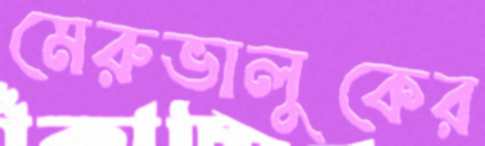
মেরুভালুকের